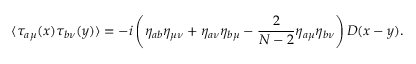
\langle \tau _ { a \mu } ( x ) \tau _ { b \nu } ( y ) \rangle = - i \left( \eta _ { a b } \eta _ { \mu \nu } + \eta _ { a \nu } \eta _ { b \mu } - \frac { 2 } { N - 2 } \eta _ { a \mu } \eta _ { b \nu } \right) D ( x - y ) .